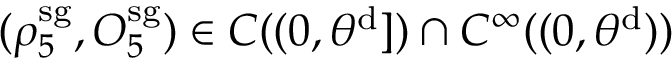
( \rho _ { 5 } ^ { \mathrm { s g } } , O _ { 5 } ^ { \mathrm { s g } } ) \in C ( ( 0 , \theta ^ { \mathrm { d } } ] ) \cap C ^ { \infty } ( ( 0 , \theta ^ { \mathrm { d } } ) )